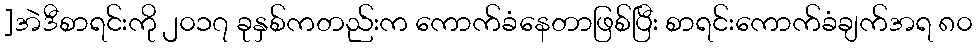
]အဲဒီစာရင်းကို ၂၀၁၇ ခုနှစ်ကတည်းက ကောက်ခံနေတာဖြစ်ပြီး စာရင်းကောက်ခံချက်အရ ၈၀